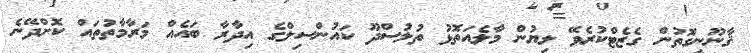
ޤާނޫނީގޮތުން ގެޒެޓްކުރެވޭ ލިޔުން މާލެއަތޮޅު ތުލުސްދޫ ކައުންސިލްގެ އިދާރާ ބައެއް މަރާމާތުތައް ކޮށްދޭނެ